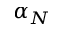
\alpha _ { N }